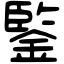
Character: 鍳